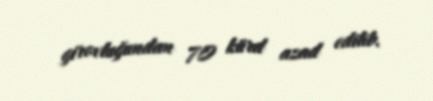
girovluğundan 70 kürd azad edilib.